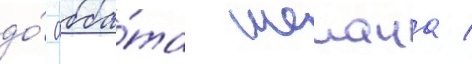
до́ абба́та шелана /